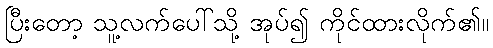
ပြီးတော့ သူ့လက်ပေါ်သို့ အုပ်၍ ကိုင်ထားလိုက်၏။